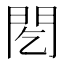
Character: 䦍